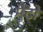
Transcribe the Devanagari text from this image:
मैंटो